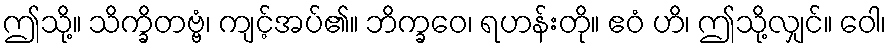
ဤသို့။ သိက္ခိတဗ္ဗံ၊ ကျင့်အပ်၏။ ဘိက္ခဝေ၊ ရဟန်းတို။ ဧဝံ ဟိ၊ ဤသို့လျှင်။ ဝေါ၊